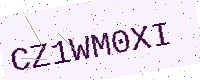
Text: CZ1WM0XI